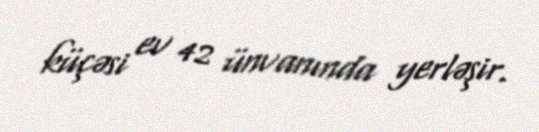
küçəsi ev 42 ünvanında yerləşir.